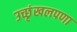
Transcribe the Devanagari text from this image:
उच्छृंखलपणा